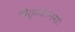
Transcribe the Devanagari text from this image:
पितृव्यतनमाः